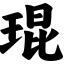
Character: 琨